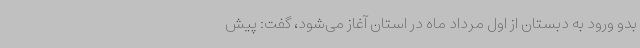
بدو ورود به دبستان از اول مرداد ماه در استان آغاز می‌شود، گفت: پیش